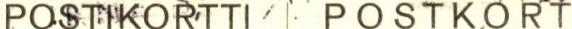
POSTIKORTTI   POSTKORT